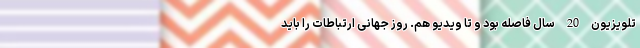
تلویزیون 20 سال فاصله بود و تا ویدیو هم. روز جهانی ارتباطات را باید